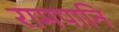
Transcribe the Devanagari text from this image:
रामपानि